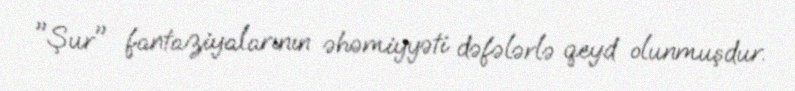
"Şur" fantaziyalarının əhəmiyyəti dəfələrlə qeyd olunmuşdur.